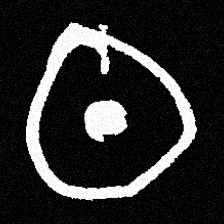
Pyu character \u2014 Myanmar letter: ထ (romanized: tha)